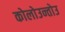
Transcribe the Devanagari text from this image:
कोलोउन्तोउ